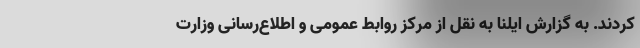
کردند. به گزارش ایلنا به نقل از مرکز روابط عمومی و اطلاع‌رسانی وزارت